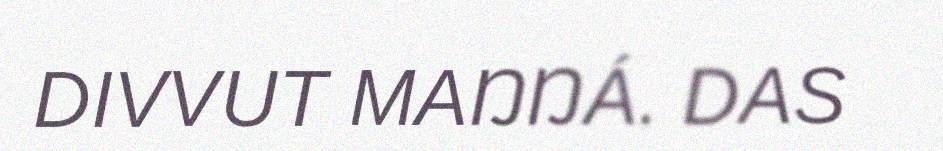
DIVVUT MAŊŊÁ. DAS